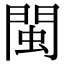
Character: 閩